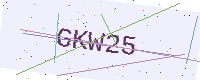
Text: GKW25